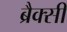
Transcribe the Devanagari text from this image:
ब्रैक्सी